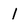
Character: 1